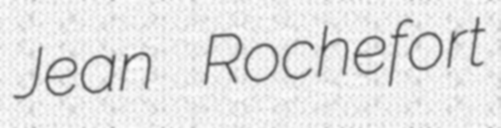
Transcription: Jean Rochefort